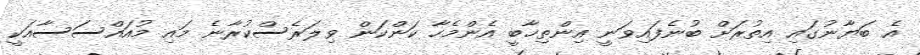
އެ ބަޔާނުގައި އިތުރަށް ބުނެފައިވަނީ އިންތިޚާބީ އެންމެހާ ކަންކަން ވިލަރެސްކުރާނެ މައި މުއައްސަސާއަކީ